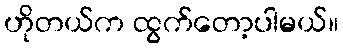
ဟိုတယ်က ထွက်တော့ပါမယ်။